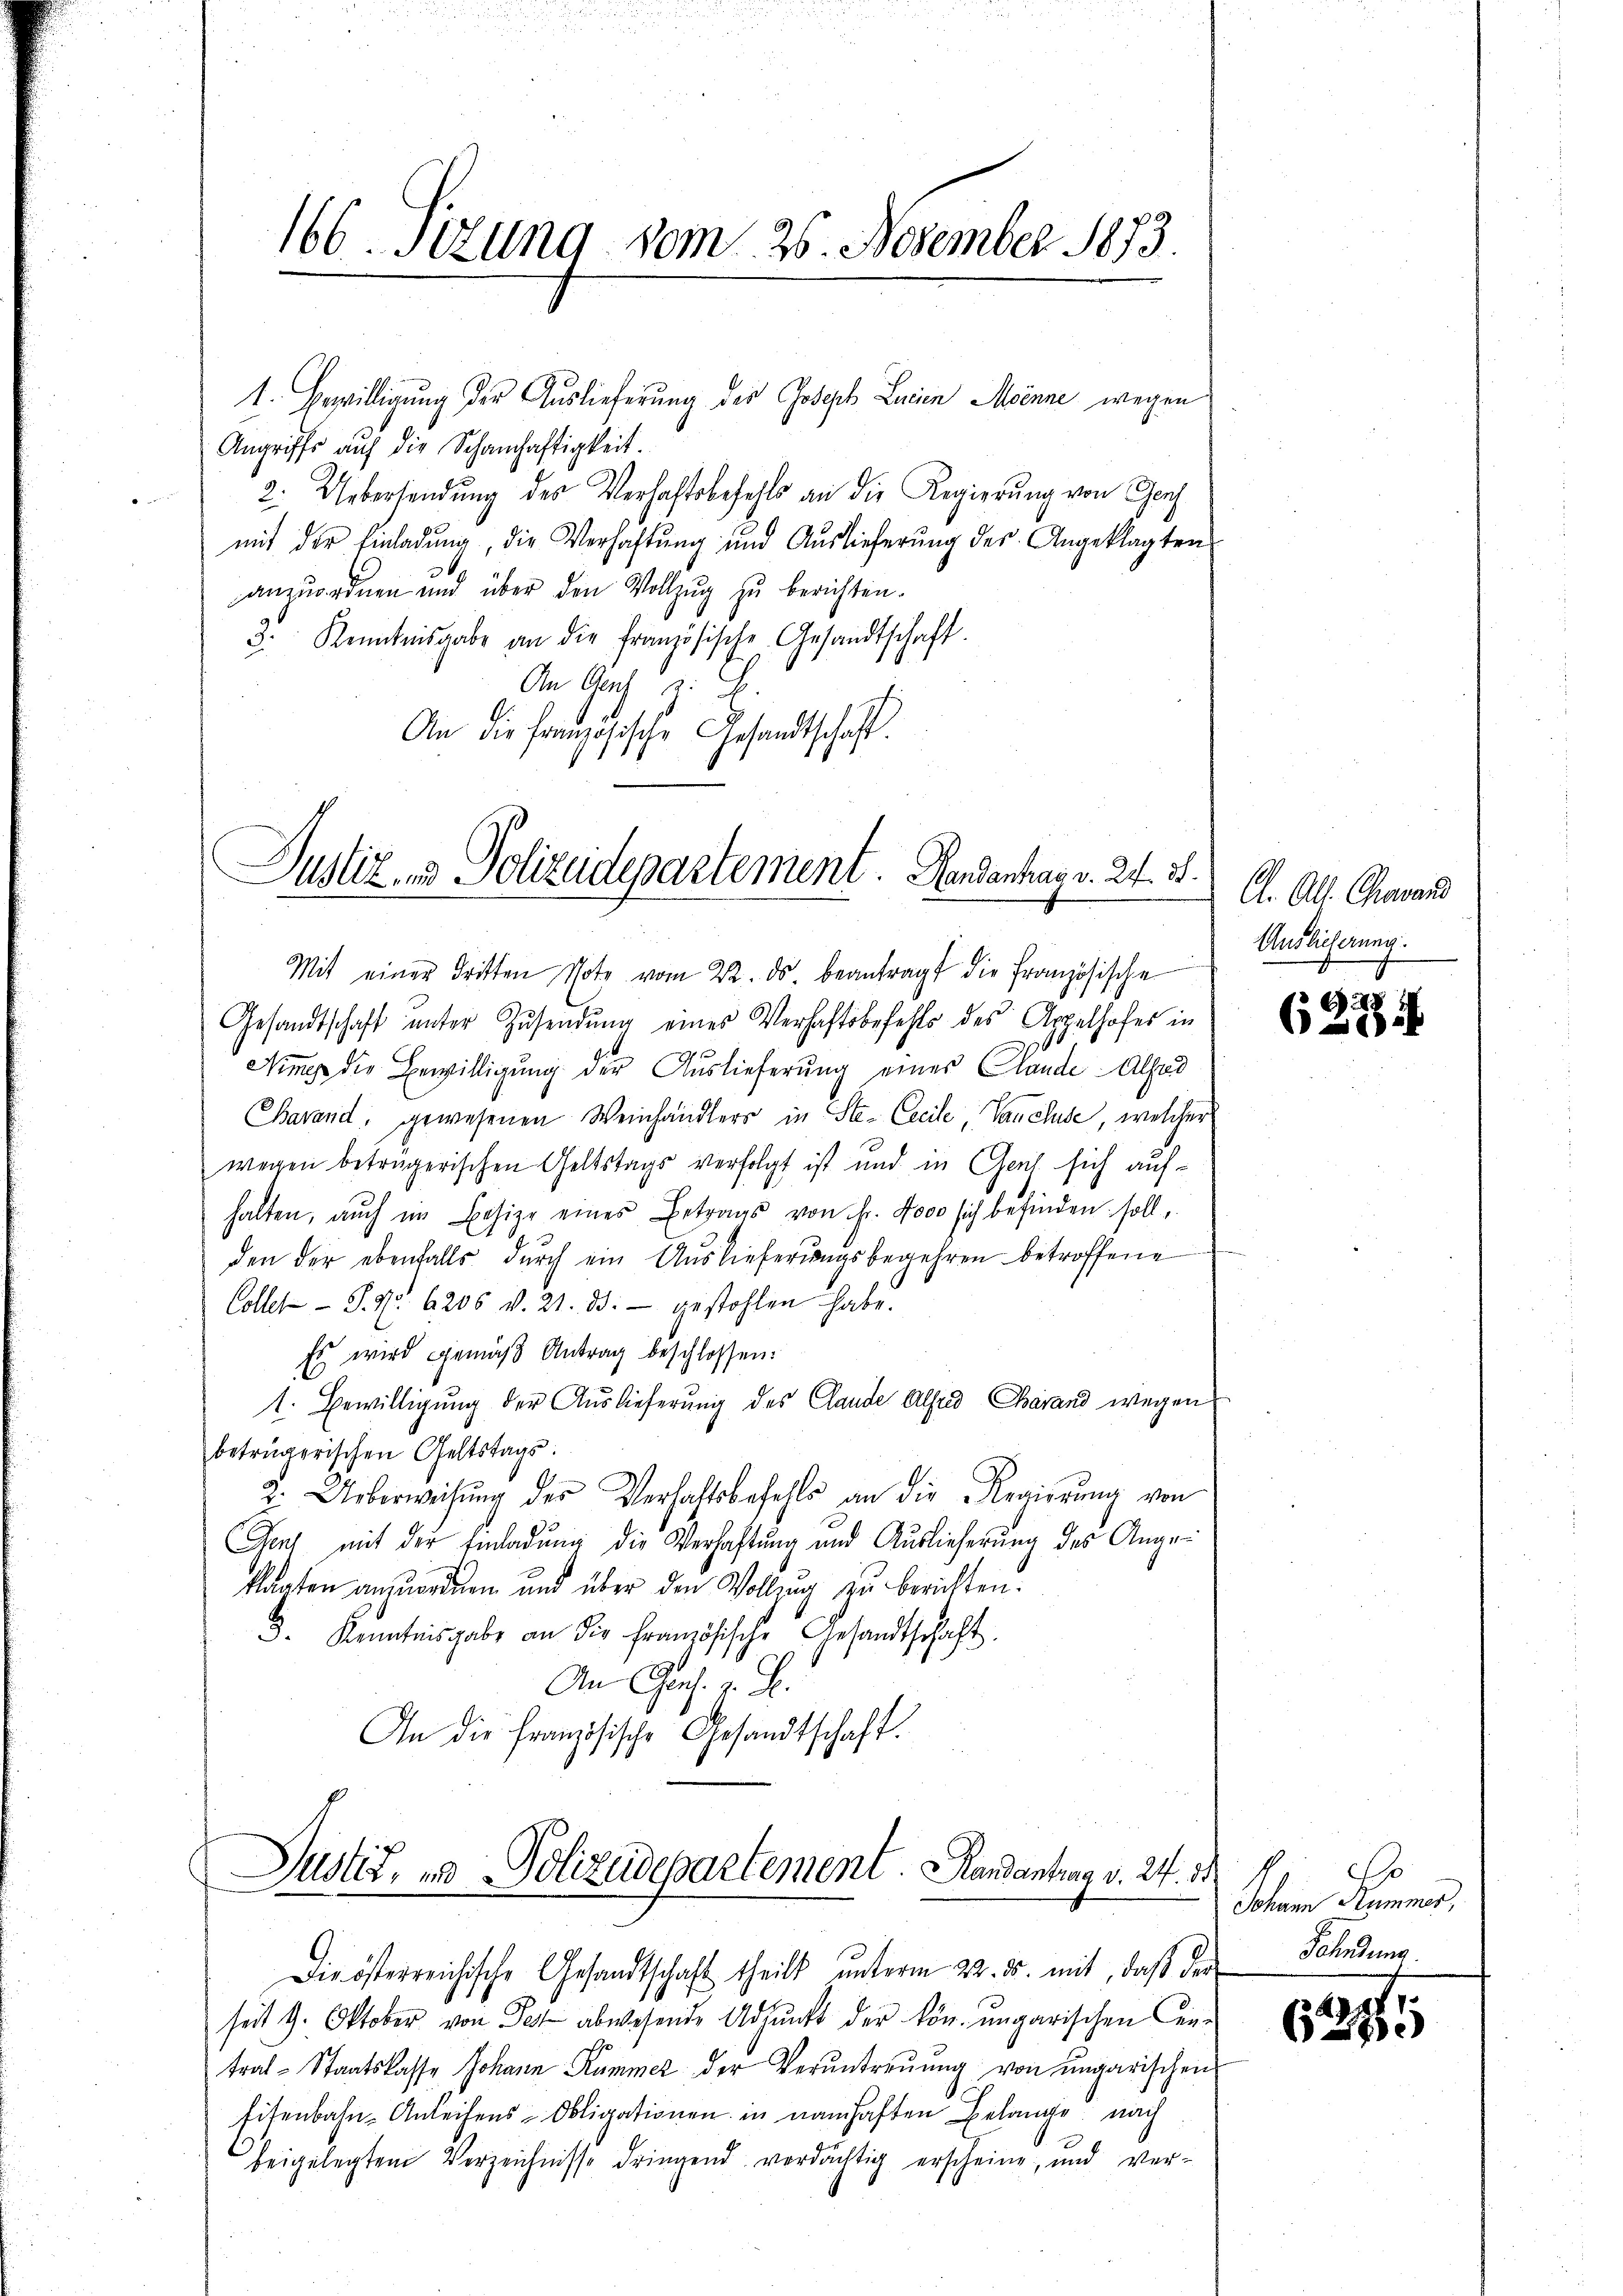
166. Setzung vom 26. November 1873.

1. Bewilligung der Auslieferung des Joseph Lucin Minne wegen
Angriffs auf die Schamhaftigkeit.
2. Uebersendung des Verhaftsbefehls an die Regierung von Genf
mit der Einladŭng die Verhaltŭng und Auslieferŭng des Angeklagten
anzuordnen und über den Vollzug zu berichten.
3. Kenntnisgabe an die französische Gesandtschaft.
An Ges. v. E
An die französische Gesandtschaft

Justiz- und Polizudepartement. Handenhag v. 24. 21.

Mit einer dritten Note vom 22. ds. beantragt die Französische
Gesandtschaft ŭnter Zŭsendŭng eines Verhaftsbefehls des Appelhofes in
Nimm die Bewilligŭng der Auslieferung einer Claude. Alsod
Barand, gewesenen Weinhändlers in Ste- Creile, Vancluse, welcher
wegen beträgerischen Geltstags verfolgt ist und in Genf sich aufhalten, auch im Besize eines Betrags von Fr. 4000 sich befinden soll.
den der ebenfalls dŭrch ein Auslieferungsbegehren betroffene
Colles-S. Nr. 6206 v. 21. d. gestohlen habe.
Es wird gemäβ Antrag beschlossen:
1. Bewilligung der Auslieferung des Lande Alfred Charand wegen
beträgerischen Geltstags.
2. Ueberweisŭng der Verhaftsbefehls an die Regierŭng von
Gent mit der Einladung die Verhaftung und Auslieferung des Angeklagten anzuordnen und über den Vollzug zu berichten:
3. Kenntnisgabe an die französische Gesandtschaft
An Genf. v. J.
An die französische Gesandtschaft.
Justiz, u. Polizeidepartement. andantrag v. 24. M
Die österreichische Gesandtschaft theilt unterm 22. ds. mit, daß der
seit 9. Oktober von Pet abwesende Adpŭnkt der kön. ungarischen Cen-
tral-Staatskasse Johann Kummer der Veruntreuung von ungarischen
Eisenbahn-Anleihens-Obligationen in namhaften Belange, nach
beigelegtem Verzeichnisse dringend verdächtig erscheine, und ver-

A. All Charand
Auslieferung.

(27.

s
Johann Stummer,
Fahndung.

621